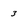
Character: 3